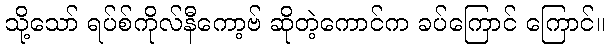
သို့သော် ရပ်စ်ကိုလ်နီကော့ဗ် ဆိုတဲ့ကောင်က ခပ်ကြောင် ကြောင်။